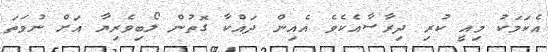
އެކަމަކު މިއީ ކުރި ދިރާސާއެކެވެ އެއިން ދައްކާ ގޮތުން ލޯބިވެރިޔާ އަށް ނުވަތަ